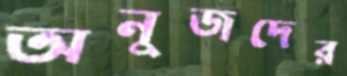
অনুজদের